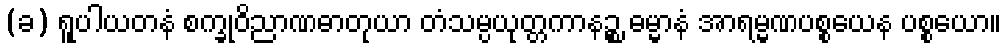
(ခ) ရူပါယတနံ စက္ခုဝိညာဏဓာတုယာ တံသမ္ပယုတ္တကာနဉ္စ ဓမ္မာနံ အာရမ္မဏပစ္စယေန ပစ္စယော။